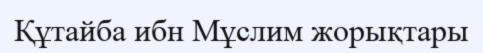
Құтайба ибн Мұслим жорықтары